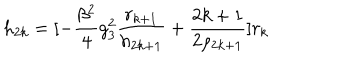
h _ { 2 k } = [ - \frac { \beta ^ { 2 } } { 4 } g _ { 3 } ^ { 2 } \frac { r _ { k + 1 } } { h _ { 2 k + 1 } } + \frac { 2 k + 1 } { 2 \rho _ { 2 k + 1 } } ] r _ { k }